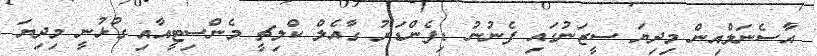
އާސެނަލްއިން މިދިޔަ ސީޒަނުގައި ފެނުނު ޑިފެންޑަރު ގާއެލް ކްލިޗީ މެންސިޓީއާއި ގުޅުނީ މިދިޔަ